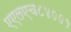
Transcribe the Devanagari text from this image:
एएलएच८४००१